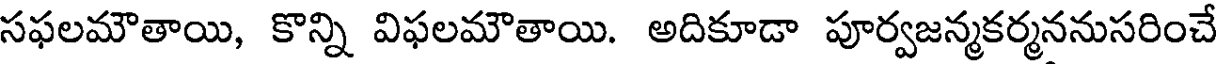
సఫలమౌతాయి, కొన్ని విఫలమౌతాయి. అదికూడా పూర్వజన్మకర్మననుసరించే